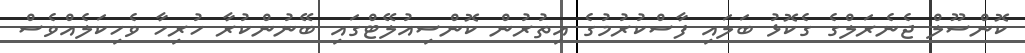
ކޮންސޫލް ޖެނެރަލްގެ ގެކޮޅު ބަލައި ފާސްކުރުމުގެ އިތުރުން ކޮންސިއުލޭޓްގައި ބޭނުންކުރާ ހުރިހާ ވެހިކަލެއްވެސް